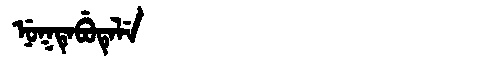
Manchu: ᠨᡠᡴᡨᡝᠪᡠᡨᡝᠯᡝ
Romanization: NUKTEBUTELE